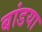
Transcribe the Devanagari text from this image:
बांडया